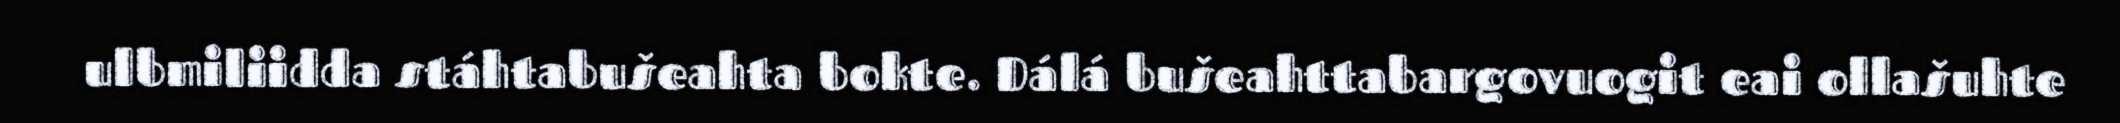
ulbmiliidda stáhtabušeahta bokte. Dálá bušeahttabargovuogit eai ollašuhte